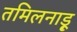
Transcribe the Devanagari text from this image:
तमिलनाड़ू